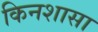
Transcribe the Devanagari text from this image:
किनशासा